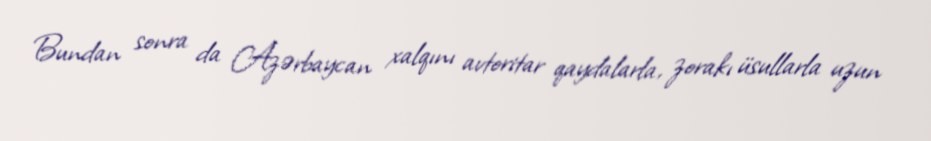
Bundan sonra da Azərbaycan xalqını avtoritar qaydalarla, zorakı üsullarla uzun